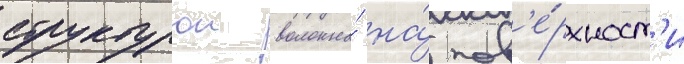
структурои волокна́ на́ пов'е́рхност'и